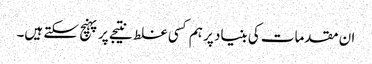
ان مقدمات کی بنیاد پر ہم کسی غلط نتیجے پر پہنچ سکتے ہیں۔